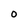
Character: O